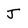
Character: J